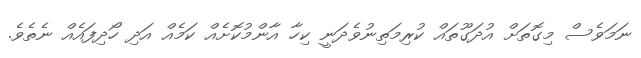
ނަމަވެސް މިގޮތަށް އުދަގޫތައް ކުރިމަތިނުވެދަނީ ކިހާ އާންމުކޮށެއް ކަމެއް އަދި ހޯދިފައެއް ނެތެވެ.